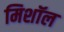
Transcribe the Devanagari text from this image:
मिशॉल